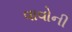
વાવોની